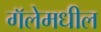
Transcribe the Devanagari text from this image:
गॅलेमधील